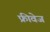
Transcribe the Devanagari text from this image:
फ्रीवेज